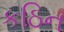
કઠિન